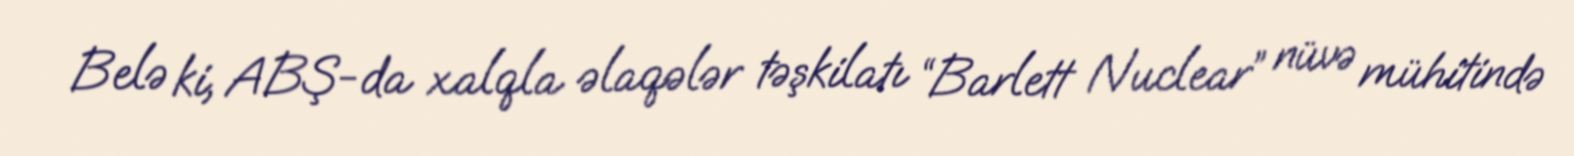
Belə ki, ABŞ-da xalqla əlaqələr təşkilatı “Barlett Nuclear” nüvə mühitində